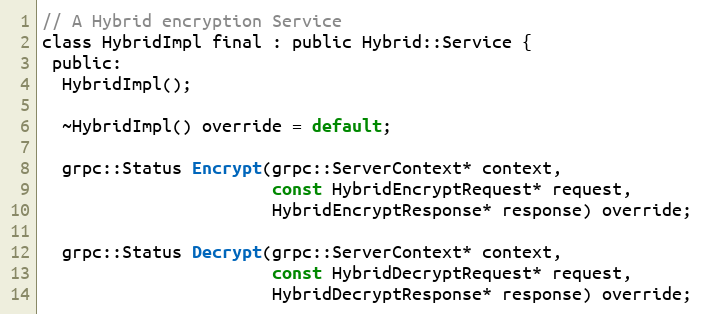
Language: C
// A Hybrid encryption Service
class HybridImpl final : public Hybrid::Service {
 public:
  HybridImpl();

  ~HybridImpl() override = default;

  grpc::Status Encrypt(grpc::ServerContext* context,
                       const HybridEncryptRequest* request,
                       HybridEncryptResponse* response) override;

  grpc::Status Decrypt(grpc::ServerContext* context,
                       const HybridDecryptRequest* request,
                       HybridDecryptResponse* response) override;